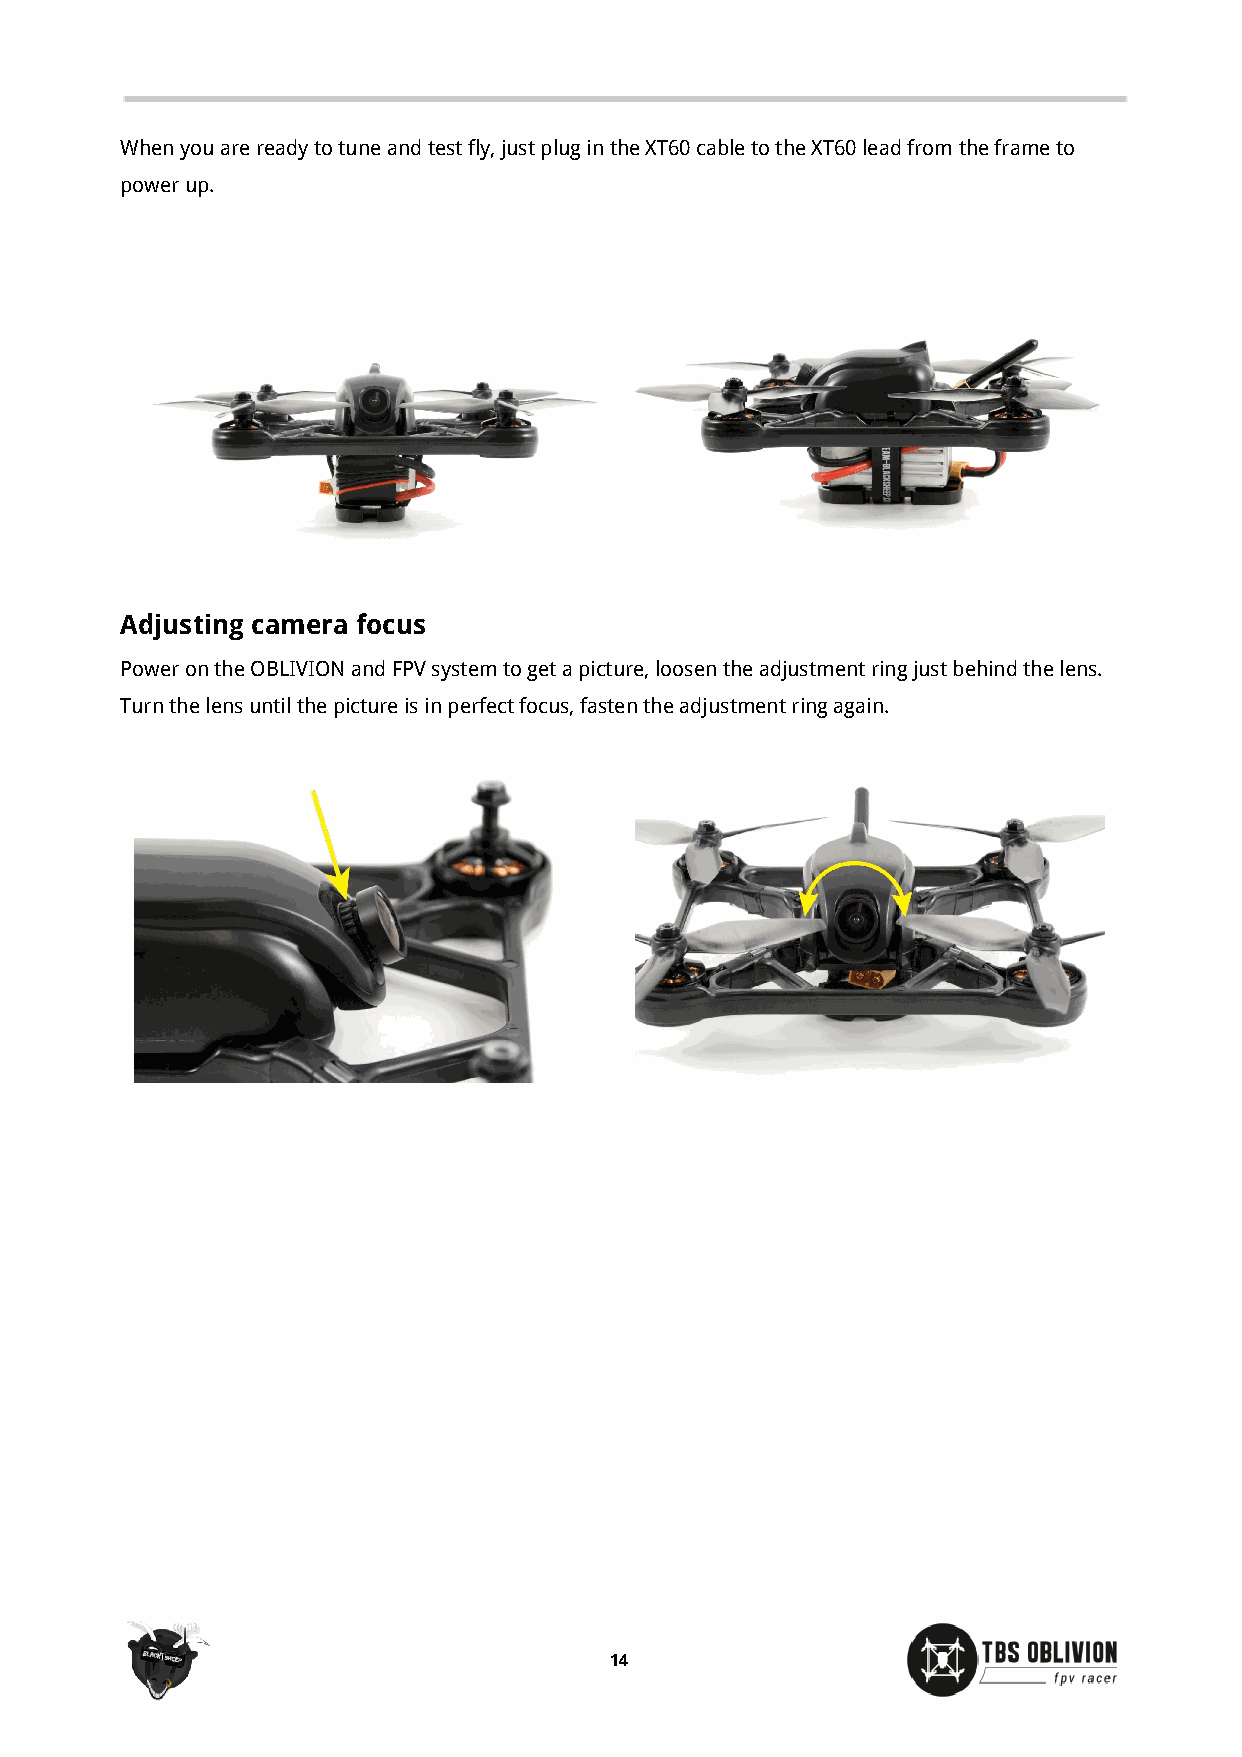
When you are ready to tune and test fly, just plug in the XT60 cable to the XT60 lead from the frame to
 power up.
 Adjusting camera focus
 Power on the OBLIVION and FPV system to get a picture, loosen the adjustment ring just behind the lens.
 Turn the lens until the picture is in perfect focus, fasten the adjustment ring again.
 14